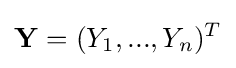
\mathbf {Y} =(Y_{1},...,Y_{n})^{T}